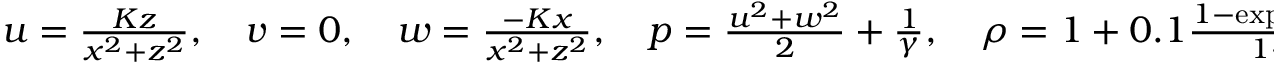
\begin{array} { r } { u = \frac { K z } { x ^ { 2 } + z ^ { 2 } } , \quad v = 0 , \quad w = \frac { - K x } { x ^ { 2 } + z ^ { 2 } } , \quad p = \frac { u ^ { 2 } + w ^ { 2 } } { 2 } + \frac { 1 } { \gamma } , \quad \rho = 1 + 0 . 1 \frac { 1 - \exp ( - 1 . 5 ( r - 0 . 5 ) ) } { 1 - \exp ( - 1 . 5 ) } , } \end{array}